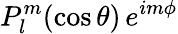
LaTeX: P_{l}^{m}(\cos\theta)\, e^{im\phi}